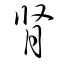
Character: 腎